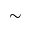
\sim